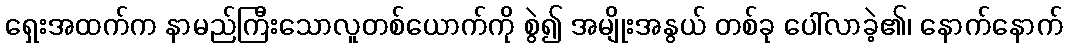
ရှေးအထက်က နာမည်ကြီးသောလူတစ်ယောက်ကို စွဲ၍ အမျိုးအနွယ် တစ်ခု ပေါ်လာခဲ့၏၊ နောက်နောက်